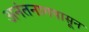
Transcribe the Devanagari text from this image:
अनंतनागपासून